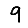
Digit: 9